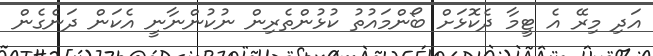
އަދި މިރޭ އެ ޓީމާ ދެކޮޅަށް ބޯންމައުތު ކުޅުންތެރިން ނުކުންނާނީ އެކަން ދަނެގެން